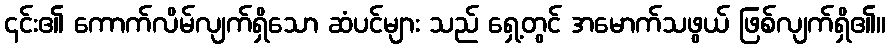
၎င်း၏ ကောက်လိမ်လျက်ရှိသော ဆံပင်များ သည် ရှေ့တွင် အမောက်သဖွယ် ဖြစ်လျက်ရှိ၏။